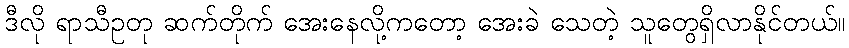
ဒီလို ရာသီဥတု ဆက်တိုက် အေးနေလို့ကတော့ အေးခဲ သေတဲ့ သူတွေရှိလာနိုင်တယ်။